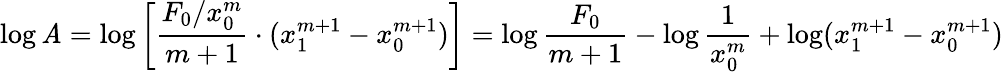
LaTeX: \log\mathit{A}=\log\left[{\frac{{F_{0}/x_{0}^{m}}}{{m+1}}}\cdot(x_{1}^{m+1}-x_{0}^{m+1})\right]=\log{\frac{{F_{0}}}{{m+1}}}-\log{\frac{{1}}{{x_{0}^{m}}}}+\log(x_{1}^{m+1}-x_{0}^{m+1})